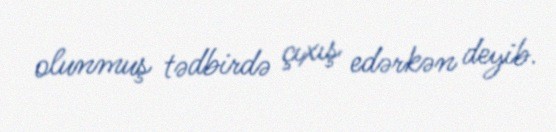
olunmuş tədbirdə çıxış edərkən deyib.